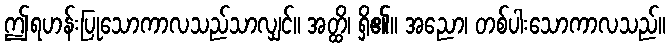
ဤရဟန်းပြုသောကာလသည်သာလျှင်။ အတ္ထိ၊ ရှိ၏။ အညော၊ တစ်ပါးသောကာလသည်။